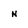
Character: N